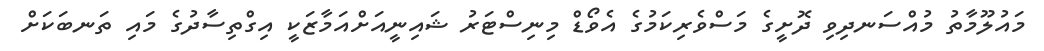
މައުލޫމާތު މުއްސަނދިވި ދޮށީގެ މަސްވެރިކަމުގެ އެވޯޑް މިނިސްޓަރު ޝައިނީއަށްއަމާޒަކީ އިގްތިސާދުގެ މައި ތަނބަކަށް